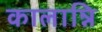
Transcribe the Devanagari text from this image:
कालान्नि